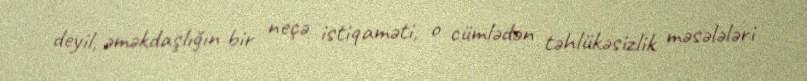
deyil, əməkdaşlığın bir neçə istiqaməti, o cümlədən təhlükəsizlik məsələləri